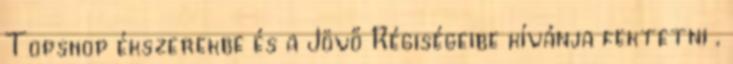
Topshop ékszerekbe és a Jövő Régiségeibe kívánja fektetni ,